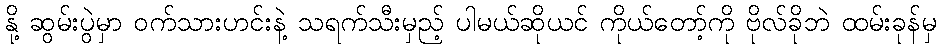
နို့ ဆွမ်းပွဲမှာ ဝက်သားဟင်းနဲ့ သရက်သီးမှည့် ပါမယ်ဆိုယင် ကိုယ်တော့်ကို ဗိုလ်ခိုဘဲ ထမ်းခုန်မှ